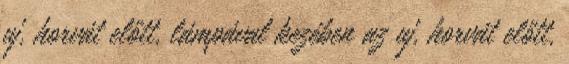
uj, horvát előtt, lámpával kezében az uj, horvát előtt,